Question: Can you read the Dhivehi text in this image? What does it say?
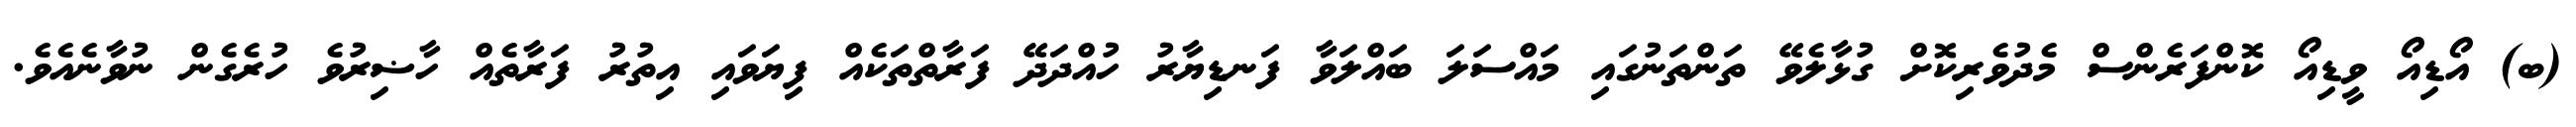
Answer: (ބ) އޯޑިއޯ ވީޑިއޯ ކޮންފަރެންސް މެދުވެރިކޮށް ގުޅާލެވޭ ތަންތަނުގައި މައްސަލަ ބައްލަވާ ފަނޑިޔާރު ހުއްދަދޭ ފަރާތްތަކެއް ފިޔަވައި އިތުރު ފަރާތެއް ހާޟިރުވެ ހުރެގެން ނުވާނެއެވެ.